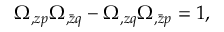
\Omega _ { , z p } \Omega _ { , \bar { z } q } - \Omega _ { , z q } \Omega _ { , \bar { z } p } = 1 ,